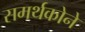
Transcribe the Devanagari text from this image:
समर्थकोने